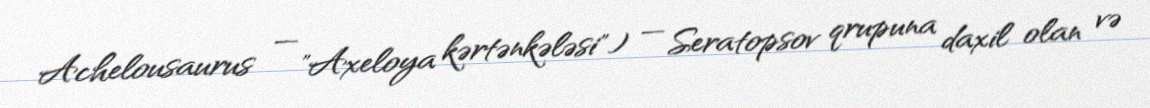
Achelousaurus — "Axeloya kərtənkələsi") — Seratopsov qrupuna daxil olan və